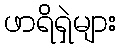
ဖာရိရှဲများ